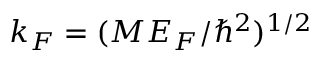
k _ { F } = ( M E _ { F } / \hbar ^ { 2 } ) ^ { 1 / 2 }